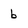
Character: b